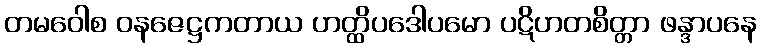
တမဝေါစ ဝနဇေဋ္ဌကတာယ ဟတ္ထိပဒေါပမော ပဋိဟတစိတ္တာ ဖန္ဒာပနေ